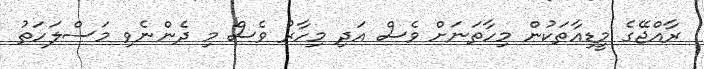
ރާއްޖޭގެ މީޑިއާތަކުން މިހާތަނަށް ވެސް އަދި މިހާރު ވެސް މި ދެންނެވި މަސްލަހަތު